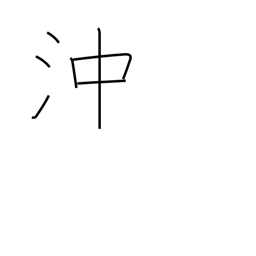
Meaning: offing